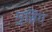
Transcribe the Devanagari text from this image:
मुन्निंग